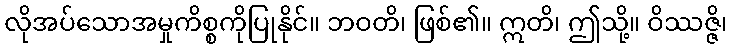
လိုအပ်သောအမှုကိစ္စကိုပြုနိုင်။ ဘဝတိ၊ ဖြစ်၏။ ဣတိ၊ ဤသို့။ ဝိဿဇ္ဇိ၊